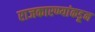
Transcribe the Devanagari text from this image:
राजकारण्यांकडून